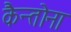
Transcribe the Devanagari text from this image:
कैन्तोना